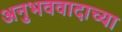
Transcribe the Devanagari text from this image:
अनुभववादाच्या